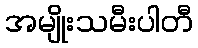
အမျိုးသမီးပါတီ